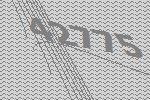
42775